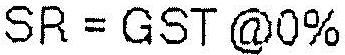
SR = GST @0%